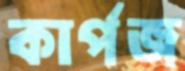
কার্পজ